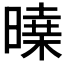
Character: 𣊝